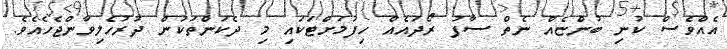
އެއްވެސް ކުނި ބުންޏެއް ނެތް ސާފު ރޯދައެއް ހިފުމަށްޓަކައި މި ދެކަންތަކުން ދުރުހެލިވާންޖެހެއެވެ.